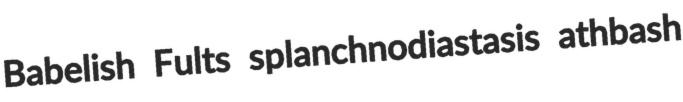
Babelish Fults splanchnodiastasis athbash